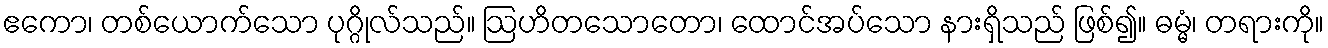
ဧကော၊ တစ်ယောက်သော ပုဂ္ဂိုလ်သည်။ ဩဟိတသောတော၊ ထောင်အပ်သော နားရှိသည် ဖြစ်၍။ ဓမ္မံ၊ တရားကို။